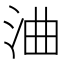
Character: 浀